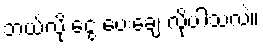
ဘယ်လို ငွေ ပေးချေ လိုပါသလဲ။